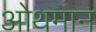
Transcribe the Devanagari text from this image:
ओथमान